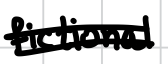
Text: fictional
Cross-out: double-line
Writing tool: digital_black